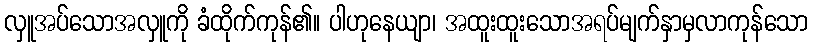
လှူအပ်သောအလှူကို ခံထိုက်ကုန်၏။ ပါဟုနေယျာ၊ အထူးထူးသောအရပ်မျက်နှာမှလာကုန်သော